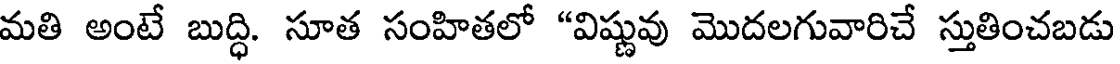
మతి అంటే బుద్ధి. సూత సంహితలో "విష్ణువు మొదలగువారిచే స్తుతించబడు